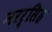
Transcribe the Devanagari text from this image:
नरर्सिह